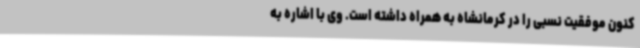
کنون موفقیت نسبی را در کرمانشاه به همراه داشته است. وی با اشاره به